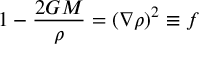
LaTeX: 1 - \frac { 2 G M } { \rho } = ( \nabla \rho ) ^ { 2 } \equiv f